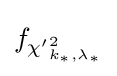
f_{{\chi '}_{k_{*},\lambda _{*}}^{2}}